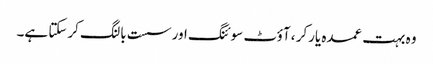
وہ بہت عمدہ یارکر ، آؤٹ سوئنگ اور سست بالنگ کرسکتا ہے۔